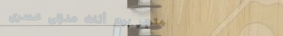
متجر بيع أثاث منزلي عصري